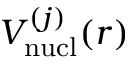
V _ { \mathrm { n u c l } } ^ { ( j ) } ( r )